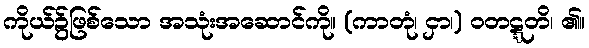
ကိုယ်၌ဖြစ်သော အသုံးအဆောင်ကို။ (ကာတုံ၊ ငှာ၊) ဝတဋ္ဋတိ၊ ၏။